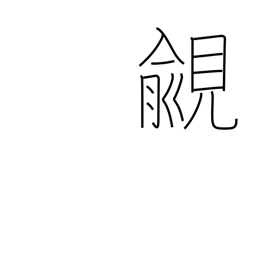
Meaning: coveting high rank